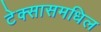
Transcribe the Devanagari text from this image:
टेक्सासमधिल